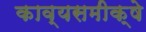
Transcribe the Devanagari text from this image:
काव्यसमीक्षे